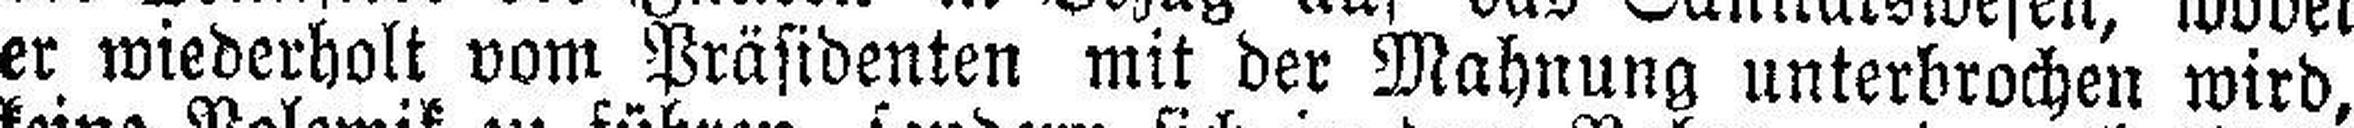
er wiederholt vom Präsidenten mit der Mahnung unterbrochen wird,